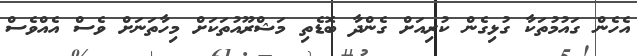
އެހެން ގައުމުތަކާ ގުޅިގެން ކުރިއަށް ގެންދާ ބޮޑެތި މަޝްރޫއުތަކަށް މިހާތަނަށް ވެސް އެއްވެސް